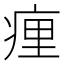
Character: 㾖